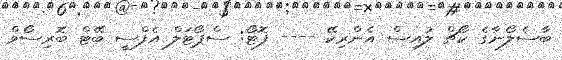
ބާސެލޯނާގެ ކޯޗް ލުއިސް އެންރިކޭ ---- ފޮޓޯ: ސްޕޯޓަލް އެފްސީ ބޭޓް ބޮރިސޯވް